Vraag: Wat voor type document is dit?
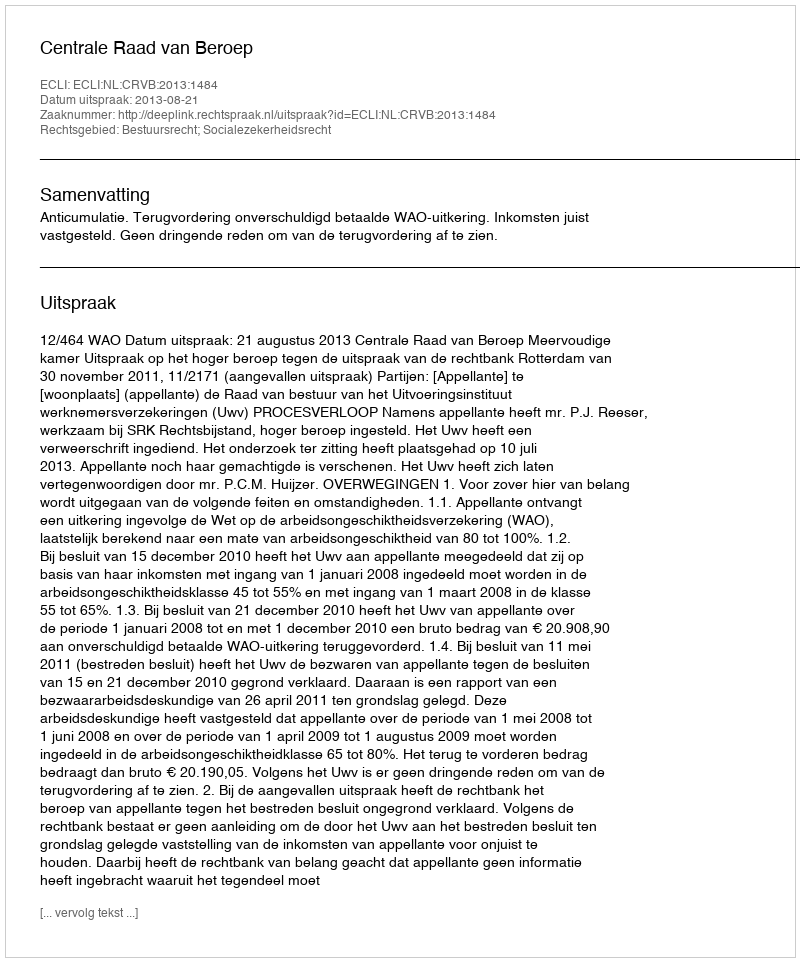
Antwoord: Uitspraak